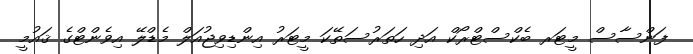
ފަންސާސް މީޓަރ ބެކްސްޓްރޯކް އަދި ހަތަރުސަތޭކަ މީޓަރު އިންޑިވިޖުއަލް މެޑްލޭ އިވެންޓްގެ ޤައުމީ